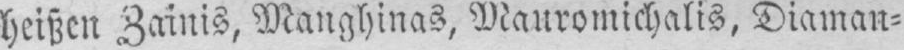
heißen Zainis, Manghinas, Mauromichalis, Diaman⸗